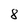
Character: 8